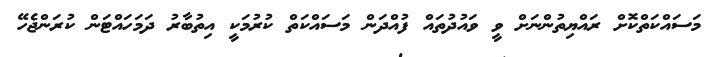
މަސައްކަތްކޮށް ރައްޔިތުންނަށް ވީ ވައުދުތައް ފުއްދަން މަސައްކަތް ކުރުމަކީ އިތުބާރު ދަމަހައްޓަން ކުރަންޖެހޭ